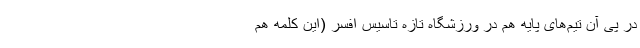
در پی آن تیم‌های پایه هم در ورزشگاه تازه تاسیس افسر (‌این کلمه هم